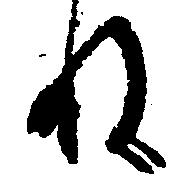
ね